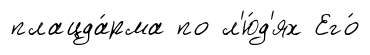
плацда́рма по л'ю́д'ях Его́